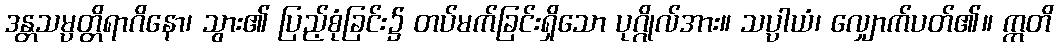
ဒန္တသမ္ပတ္တိရာဂိနော၊ သွား၏ ပြည့်စုံခြင်း၌ တပ်မက်ခြင်းရှိသော ပုဂ္ဂိုလ်အား။ သပ္ပာယံ၊ လျှောက်ပတ်၏။ ဣတိ